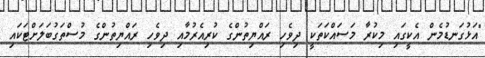
"އަޅުގަނޑުމެން އެކީގައި މިކުރާ މަސައްކަތަކީ ދިވެހި ރައްޔިތުންގެ ކުރިއެރުމާއި ދިވެހި ރައްޔިތުންގެ މުސްތަގުބަލަށްޓަކައި